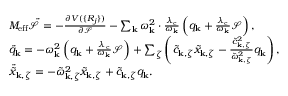
\begin{array} { r l } & { M _ { \mathrm { e f f } } \ddot { \mathcal { S } } = - \frac { \partial V ( \{ R _ { j } \} ) } { \partial \mathcal { S } } - \sum _ { \mathbf { k } } \omega _ { \mathbf { k } } ^ { 2 } \cdot \frac { \lambda _ { \mathrm { c } } } { \omega _ { \mathbf { k } } } \left( q _ { \mathrm { \mathbf { k } } } + \frac { \lambda _ { \mathrm { c } } } { \omega _ { \mathbf { k } } } \mathcal { S } \right) , } \\ & { \ddot { q } _ { \mathrm { \mathbf { k } } } = - \omega _ { \mathbf { k } } ^ { 2 } \left( q _ { \mathrm { \mathbf { k } } } + \frac { \lambda _ { \mathrm { c } } } { \omega _ { \mathbf { k } } } \mathcal { S } \right) + \sum _ { \zeta } \left( \tilde { c } _ { \mathbf { k } , \zeta } \tilde { x } _ { \mathbf { k } , \zeta } - \frac { \tilde { c } _ { \mathbf { k } , \zeta } ^ { 2 } } { \tilde { \omega } _ { \mathbf { k } , \zeta } ^ { 2 } } q _ { \mathrm { \mathbf { k } } } \right) , } \\ & { \ddot { \tilde { x } } _ { \mathbf { k } , \zeta } = - \tilde { \omega } _ { \mathbf { k } , \zeta } ^ { 2 } \tilde { x } _ { \mathbf { k } , \zeta } + \tilde { c } _ { \mathbf { k } , \zeta } q _ { \mathrm { \mathbf { k } } } . } \end{array}